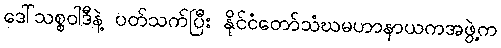
ဒေါ်သစ္စဝါဒီနဲ့ ပတ်သက်ပြီး နိုင်ငံတော်သံဃမဟာနာယကအဖွဲ့က